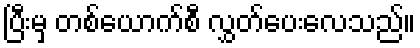
ပြီးမှ တစ်ယောက်စီ လွှတ်ပေးလေသည်။